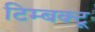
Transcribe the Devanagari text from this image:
टिम्बक्टू